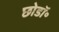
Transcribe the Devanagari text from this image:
छोडॉ॰